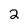
Character: 2